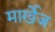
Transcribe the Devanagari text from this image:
मार्खेज